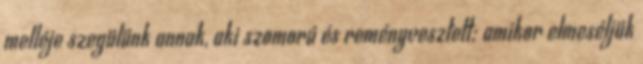
melléje szegülünk annak, aki szomorú és reményvesztett; amikor elmeséljük